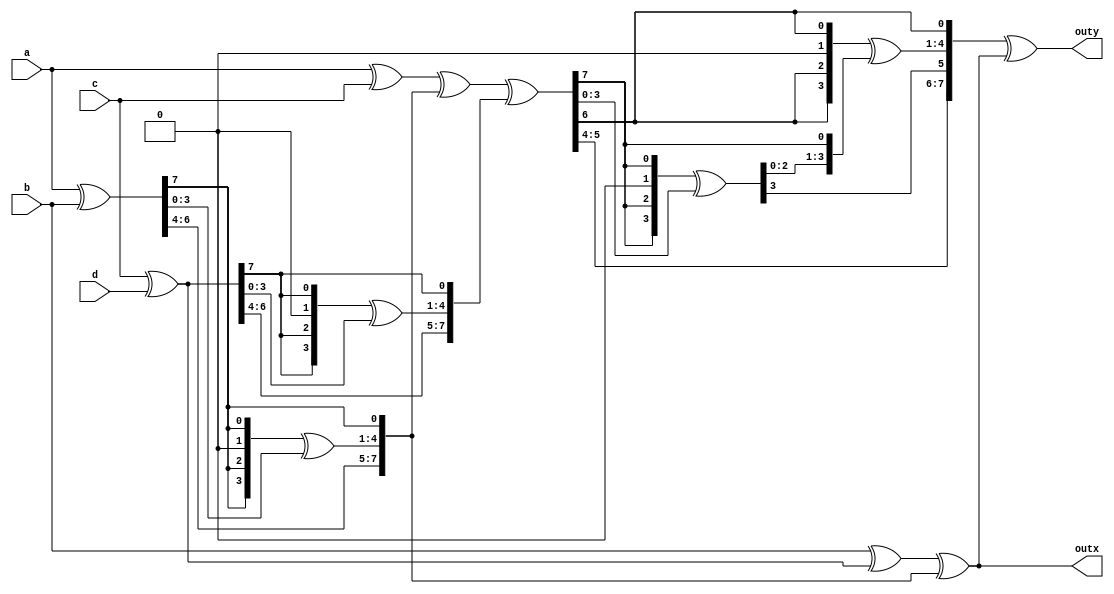
module byte_mixcolum(a,b,c,d,outx,outy);

input [7:0] a,b,c,d;
output [7:0] outx, outy;

reg [7:0] outx, outy;

function [7:0] xtime;

  input [7:0] in;
  reg [3:0] xtime_t;

  begin

    xtime[7:5] = in[6:4];
    xtime_t[3] = in[7];
    xtime_t[2] = in[7];
    xtime_t[1] = 0;
    xtime_t[0] = in[7];
    xtime[4:1] =xtime_t^in[3:0];
    xtime[0] = in[7];

  end

endfunction

reg [7:0] w1,w2,w3,w4,w5,w6,w7,w8,outx_var;

always @ (a, b, c, d)
begin
 
  w1 = a ^b;
  w2 = a ^c;
  w3 = c ^d;
  w4 = xtime(w1);
  w5 = xtime(w3);
  w6 = w2 ^w4 ^w5;
  w7 = xtime(w6);
  w8 = xtime(w7);

  outx_var = b^w3^w4;
  outx=outx_var;
  outy=w8^outx_var;

end

endmodule